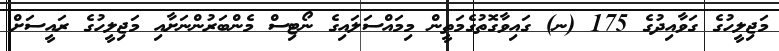
މަޖިލީހުގެ ގަވާއިދުގެ 175 (ނ) ގައިވާގޮތުގެމަތީން މިމައްސަލައިގެ ނޯޓިސް މެންބަރުންނަށާއި މަޖިލީހުގެ ރައީސަށް